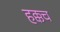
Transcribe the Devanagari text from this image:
हक्कच